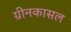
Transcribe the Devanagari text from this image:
ग्रीनकासल